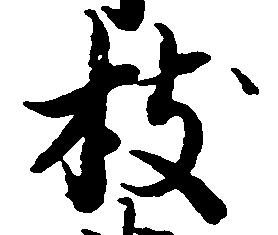
枝